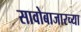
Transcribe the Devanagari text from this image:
सावोबाजारच्या